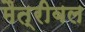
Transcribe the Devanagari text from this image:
मैत्रीबल